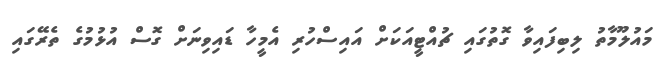
މައުލޫމާތު ލިބިފައިވާ ގޮތުގައި ޗުއްޓީއަކަށް އައިސްހުރި އެމީހާ ޑައިވިނަށް ގޮސް އުޅުމުގެ ތެރޭގައި